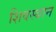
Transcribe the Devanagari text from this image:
शिवस्थान